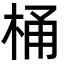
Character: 桶